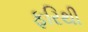
ફરિથી